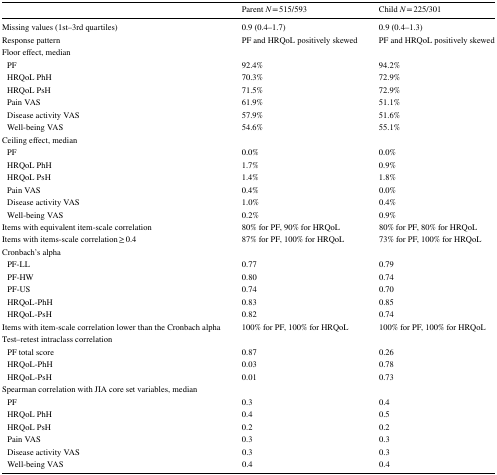
<table><thead><tr><td></td><td><b>Parent <i>N</i> = 515/593</b></td><td><b>Child <i>N</i> = 225/301</b></td></tr></thead><tbody><tr><td>Missing values (1st–3rd quartiles)</td><td>0.9 (0.4–1.7)</td><td>0.9 (0.4–1.3)</td></tr><tr><td>Response pattern</td><td>PF and HRQoL positively skewed</td><td>PF and HRQoL positively skewed</td></tr><tr><td>Floor effect, median</td><td></td><td></td></tr><tr><td> PF</td><td>92.4%</td><td>94.2%</td></tr><tr><td> HRQoL PhH</td><td>70.3%</td><td>72.9%</td></tr><tr><td> HRQoL PsH</td><td>71.5%</td><td>72.9%</td></tr><tr><td> Pain VAS</td><td>61.9%</td><td>51.1%</td></tr><tr><td> Disease activity VAS</td><td>57.9%</td><td>51.6%</td></tr><tr><td> Well-being VAS</td><td>54.6%</td><td>55.1%</td></tr><tr><td>Ceiling effect, median</td><td></td><td></td></tr><tr><td> PF</td><td>0.0%</td><td>0.0%</td></tr><tr><td> HRQoL PhH</td><td>1.7%</td><td>0.9%</td></tr><tr><td> HRQoL PsH</td><td>1.4%</td><td>1.8%</td></tr><tr><td> Pain VAS</td><td>0.4%</td><td>0.0%</td></tr><tr><td> Disease activity VAS</td><td>1.0%</td><td>0.4%</td></tr><tr><td> Well-being VAS</td><td>0.2%</td><td>0.9%</td></tr><tr><td>Items with equivalent item-scale correlation</td><td>80% for PF, 90% for HRQoL</td><td>80% for PF, 80% for HRQoL</td></tr><tr><td>Items with items-scale correlation ≥ 0.4</td><td>87% for PF, 100% for HRQoL</td><td>73% for PF, 100% for HRQoL</td></tr><tr><td>Cronbach’s alpha</td><td></td><td></td></tr><tr><td> PF-LL</td><td>0.77</td><td>0.79</td></tr><tr><td> PF-HW</td><td>0.80</td><td>0.74</td></tr><tr><td> PF-US</td><td>0.74</td><td>0.70</td></tr><tr><td> HRQoL-PhH</td><td>0.83</td><td>0.85</td></tr><tr><td> HRQoL-PsH</td><td>0.82</td><td>0.74</td></tr><tr><td>Items with item-scale correlation lower than the Cronbach alpha</td><td>100% for PF, 100% for HRQoL</td><td>100% for PF, 100% for HRQoL</td></tr><tr><td>Test–retest intraclass correlation</td><td></td><td></td></tr><tr><td> PF total score</td><td>0.87</td><td>0.26</td></tr><tr><td> HRQoL-PhH</td><td>0.03</td><td>0.78</td></tr><tr><td> HRQoL-PsH</td><td>0.01</td><td>0.73</td></tr><tr><td>Spearman correlation with JIA core set variables, median</td><td></td><td></td></tr><tr><td> PF</td><td>0.3</td><td>0.4</td></tr><tr><td> HRQoL PhH</td><td>0.4</td><td>0.5</td></tr><tr><td> HRQoL PsH</td><td>0.2</td><td>0.2</td></tr><tr><td> Pain VAS</td><td>0.3</td><td>0.3</td></tr><tr><td> Disease activity VAS</td><td>0.3</td><td>0.3</td></tr><tr><td> Well-being VAS</td><td>0.4</td><td>0.4</td></tr></tbody></table>